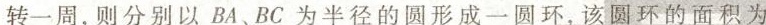
转一周，则分别以BA、BC为半径的圆形成一圆环，该圆环的面积为